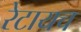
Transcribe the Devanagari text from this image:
रेटायच